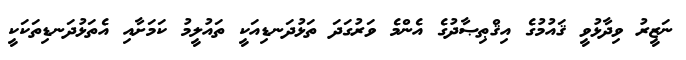
ނަޒީރު ވިދާޅުވީ ޤައުމުގެ އިޤްޠިޞާދުގެ އެންމެ ވަރުގަދަ ތަޅުދަނޑިއަކީ ތައުލީމު ކަމަށާއި އެތަޅުދަނޑިތަކަކީ